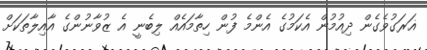
ޣަރަގުވެގެން ދިއުމުން އެކަމުގެ އެންމެ ފުން ހިތާމައެއް ލިބެނީ އެ ޒުވާނުންގެ އާއިލާތަކަށް